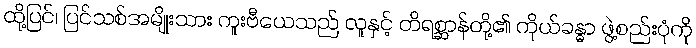
ထို့ပြင်၊ ပြင်သစ်အမျိုးသား ကူးဗီယေသည် လူနှင့် တိရစ္ဆာန်တို့၏ ကိုယ်ခန္ဓာ ဖွဲ့စည်းပုံကို